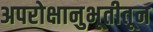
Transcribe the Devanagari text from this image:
अपरोक्षानुभूतीतून